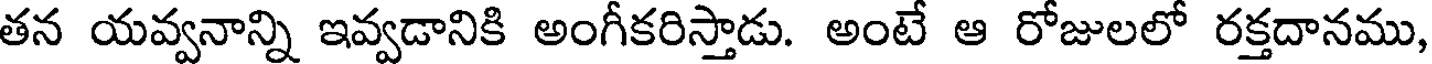
తన యవ్వనాన్ని ఇవ్వడానికి అంగీకరిస్తాడు. అంటే ఆ రోజులలో రక్తదానము,